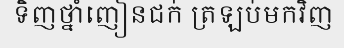
ទិញថ្នាំញៀនជក់ ត្រឡប់មកវិញ